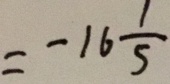
= - 1 6 \frac { 1 } { 5 }